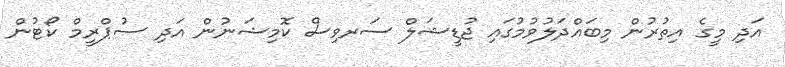
އަދި މީގެ އިތުރުން މިބައްދަލުވުމުގައި ޖުޑީޝަލް ސަރވިސް ކޮމިޝަނުން އަދި ސުޕްރީމް ކޯޓުން